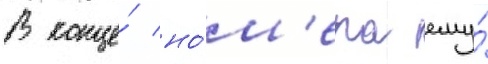
В конце́ но́м'ера ему́